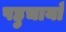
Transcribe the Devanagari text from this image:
पहुचायाँ